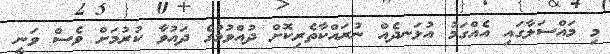
މި މައްސަލާގައި އެއްގަމު އުޅަނދެއް ނުރައްކާތެރިކޮށް ދުއްވުމުގެ ދައުވާ ކުރުމަށް ވެސް ވަނީ